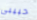
حبيبى